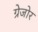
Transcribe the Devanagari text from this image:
ग्रेजोर